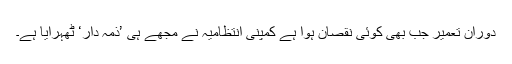
دوران تعمیر جب بھی کوئی نقصان ہوا ہے کمپنی انتظامیہ نے مجھے ہی ’ذمہ دار‘ ٹھہرایا ہے۔